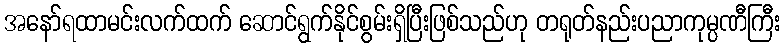
အနော်ရထာမင်းလက်ထက် ဆောင်ရွက်နိုင်စွမ်းရှိပြီးဖြစ်သည်ဟု တရုတ်နည်းပညာကုမ္ပဏီကြီး